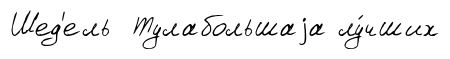
Шед'ель Тулабольшаjа лу́чших